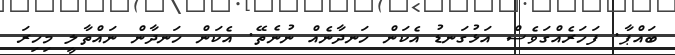
ބައްޕާ. ފަހަރެއްގަވެސް އަޅުގަނޑު އެކަން ހަނދާނެއް ނުނެތޭ. އެކަން ހަނދާން ނައްތާލީ މިހިރަ